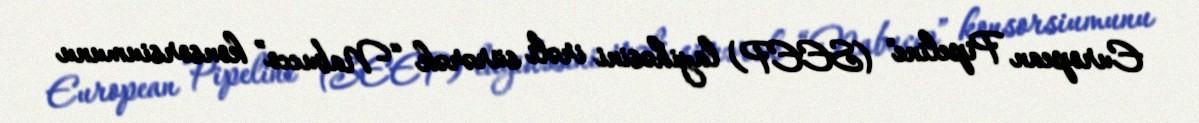
European Pipeline" (SEEP) layihəsini irəli sürərək “Nabucco” konsorsiumunu